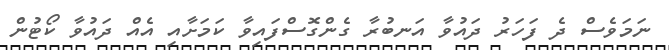
ނަމަވެސް ދެ ފަހަރު ދައުވާ އަނބުރާ ގެންގޮސްފައިވާ ކަމަށާއި އެއް ދައުވާ ކޯޓުން